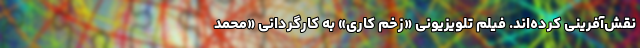
نقش‌آفرینی کرده‌اند. فیلم تلویزیونی «زخم کاری» به کارگردانی «محمد